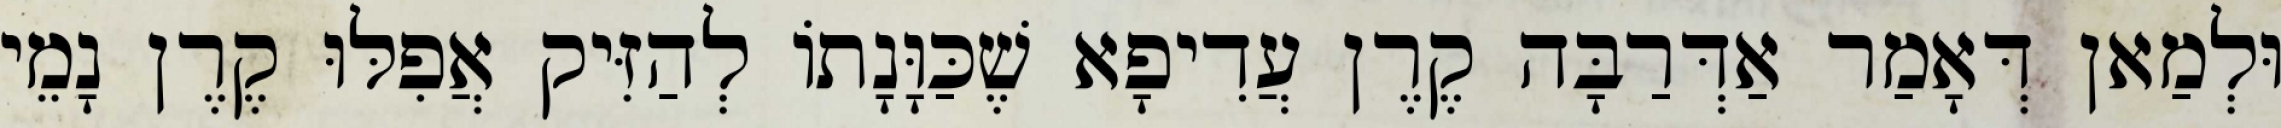
וּלְמַאן דְּאָמַר אַדְּרַבָּה קֶרֶן עֲדִיפָא שֶׁכַּוָּנָתוֹ לְהַזִּיק אֲפִלּוּ קֶרֶן נָמֵי